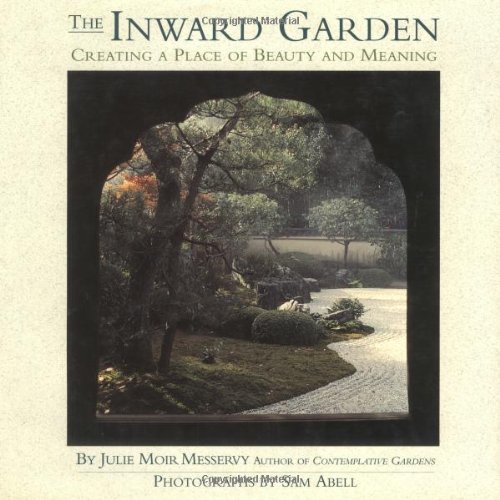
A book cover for The Inward Garden: Creating a Place of Beauty and Meaning; Messervy; Crafts, Hobbies & Home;